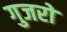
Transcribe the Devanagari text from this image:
गुजरों